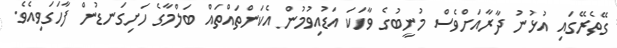
ގޭތެރޭގައި އުޅުނު ދާރާއަށްވެސް މުނީބުގެ ވާހަކަ އަޑުއިވުމުން އެކަންތައްތައް ބަލްމާގެ ހަށިގަނޑުން ފާހަގަވިއެވެ.